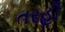
તરહી